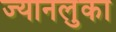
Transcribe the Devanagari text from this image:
ज्यानलुका